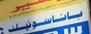
باناسونيك